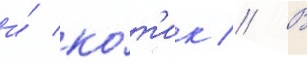
и́ ко́т'ик // В